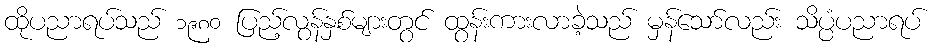
ထိုပညာရပ်သည် ၁၉၈၀ ပြည့်လွန်နှစ်များတွင် ထွန်းကားလာခဲ့သည် မှန်သော်လည်း သိပ္ပံပညာရပ်